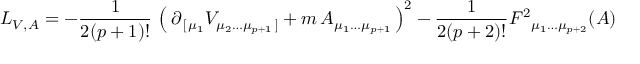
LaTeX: L _ { V , A } = - { \frac { 1 } { 2 ( p + 1 ) ! } } \, \left( \, \partial _ { \, [ \, \mu _ { 1 } } V _ { \mu _ { 2 } \dots \mu _ { p + 1 } \, ] } + m \, A _ { \mu _ { 1 } \dots \mu _ { p + 1 } } \, \right) ^ { 2 } - { \frac { 1 } { 2 ( p + 2 ) ! } } F ^ { 2 } { } _ { \mu _ { 1 } \dots \mu _ { p + 2 } } ( A )